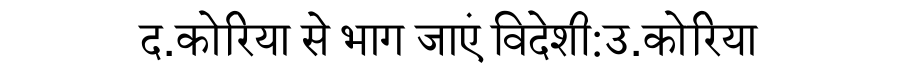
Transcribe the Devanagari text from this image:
द.कोरिया से भाग जाएं विदेशी:उ.कोरिया